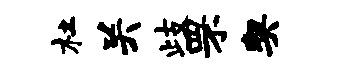
杜关歧罘契